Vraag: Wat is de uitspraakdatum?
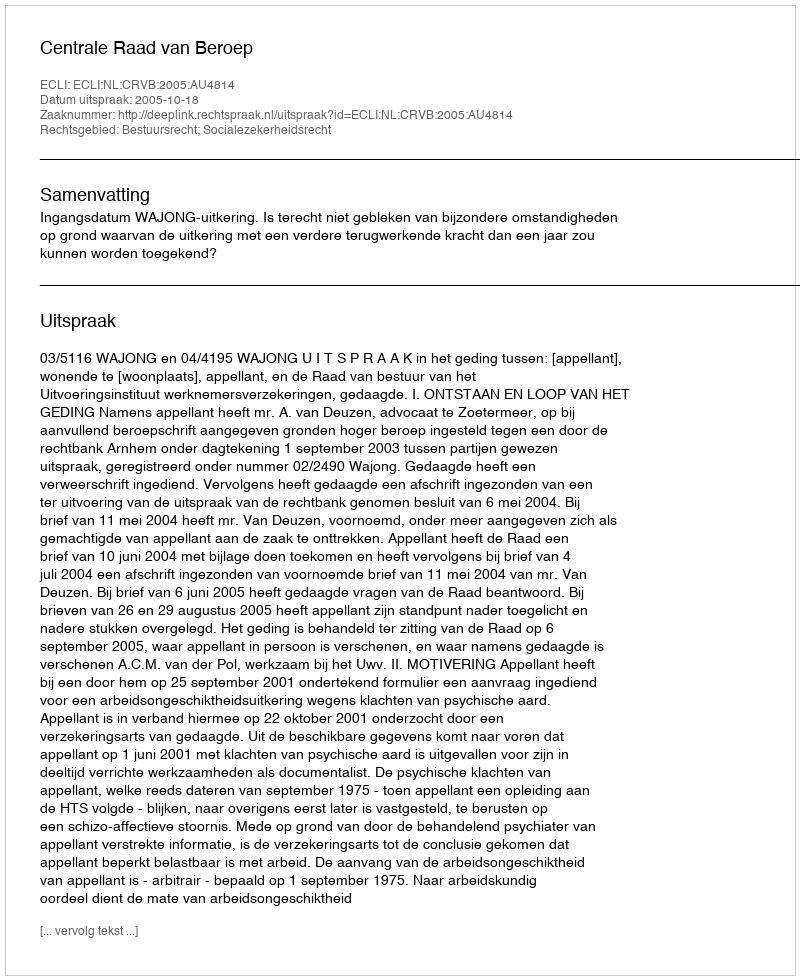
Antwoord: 2005-10-18